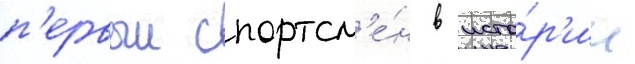
п'ервыи спортсм'е́н в исто́р'ии